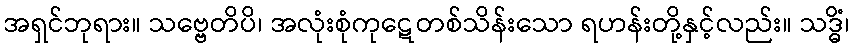
အရှင်ဘုရား။ သဗ္ဗေတိပိ၊ အလုံးစုံကုဋေတစ်သိန်းသော ရဟန်းတို့နှင့်လည်း။ သဒ္ဓိံ၊